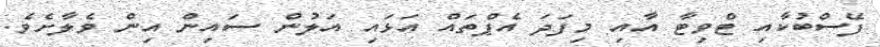
ފޭސްބުކާއި ޓްވިޓާ އާއި މިފަދަ އެޕްތައް އަޅައި އަލުން ސައިން އިން ވެލާށެވެ.